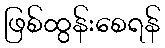
ဖြစ်ထွန်းစေရန်